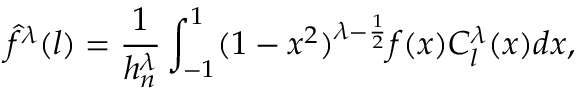
\hat { f } ^ { \lambda } ( l ) = \frac { 1 } { h _ { n } ^ { \lambda } } \int _ { - 1 } ^ { 1 } ( 1 - x ^ { 2 } ) ^ { \lambda - \frac { 1 } { 2 } } f ( x ) C _ { l } ^ { \lambda } ( x ) d x ,